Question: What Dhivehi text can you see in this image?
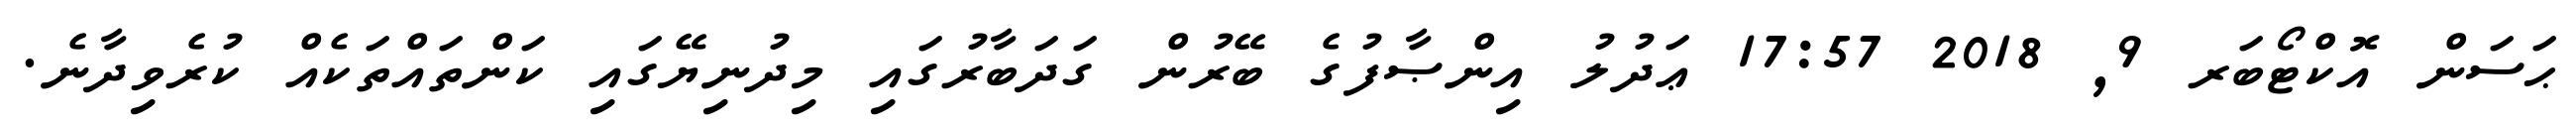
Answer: ޙަސަން އޮކްޓޯބަރ 9, 2018 17:57 ޢަދުލު އިންޞާފުގެ ބޭރުން ގަދަބާރުގައި މިދުނިޔޭގައި ކަންތައްތަކެއް ކުރެވިދާނެ.